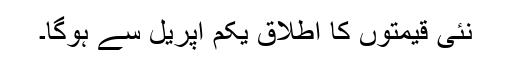
نئی قیمتوں کا اطلاق یکم اپریل سے ہوگا۔